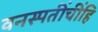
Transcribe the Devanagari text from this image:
वनस्पतींचींहि